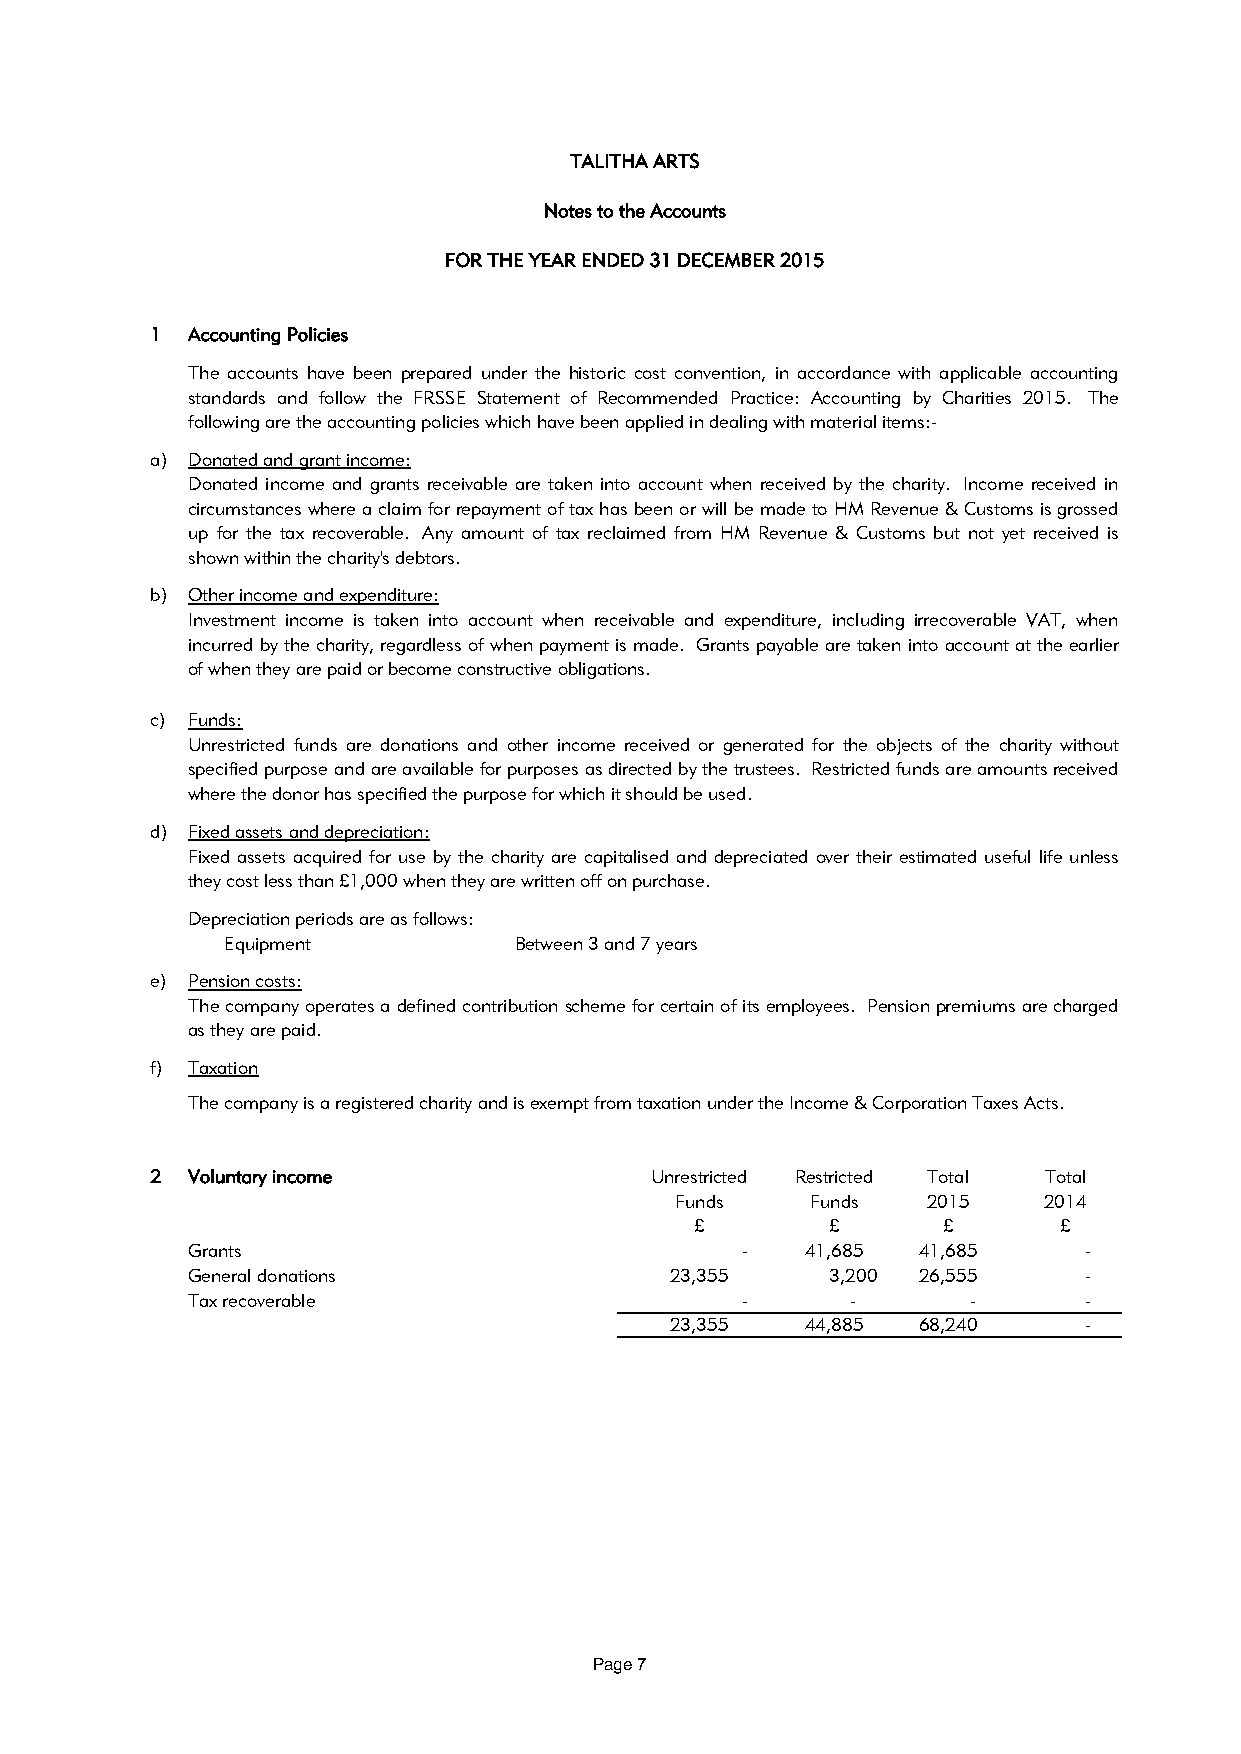
TALITHA ARTS
 Notes to the Accounts
 FOR THE YEAR ENDED 31 DECEMBER 2015
 1 Accounting Policies
 The accounts have been prepared under the historic cost convention, in accordance with applicable accounting
 standards and follow the FRSSE Statement of Recommended Practice: Accounting by Charities 2015. The
 following are the accounting policies which have been applied in dealing with material items:-
 a) Donated and grant income:
 Donated income and grants receivable are taken into account when received by the charity. Income received in
 circumstanceswherea claimfor repayment oftaxhas beenor willbemadeto HMRevenue&Customs isgrossed
 up for the tax recoverable. Any amount of tax reclaimed from HM Revenue & Customs but not yet received is
 shown within the charity's debtors.
 b) Other income and expenditure:
 Investment income is taken into account when receivable and expenditure, including irrecoverable VAT, when
 incurredby thecharity,regardless ofwhen payment is made. Grants payableare takeninto accountat theearlier
 of when they are paid or become constructive obligations.
 c) Funds:
 Unrestricted funds are donations and other income received or generated for the objects of the charity without
 specifiedpurposeandareavailableforpurposesasdirectedbythetrustees. Restrictedfundsareamountsreceived
 where the donor has specified the purpose for which it should be used.
 d) Fixed assets and depreciation:
 Fixed assets acquired for use by the charity are capitalised and depreciated over their estimated useful life unless
 they cost less than £1,000 when they are written off on purchase.
 Depreciation periods are as follows:
 Equipment          Between 3 and 7 years
 e) Pension costs:
 Thecompany operatesa definedcontributionschemefor certainofitsemployees. Pensionpremiums arecharged
 as they are paid.
 f) Taxation
 The company is a registered charity and is exempt from taxation under the Income & Corporation Taxes Acts.
 2 Voluntary income               Unrestricted Restricted Total Total
 Funds    Funds  2015    2014
 £        £      £       £
 Grants                               -   41,685  41,685     -
 General donations               23,355     3,200 26,555     -
 Tax recoverable                      -      -       -       -
 23,355   44,885  68,240     -
 Page 7